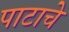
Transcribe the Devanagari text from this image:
पाटाचे